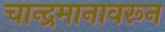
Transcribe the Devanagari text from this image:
चान्द्रमानावरून